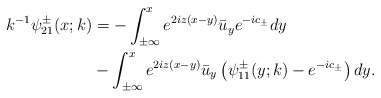
\begin{align*}\begin{aligned}k^{-1}\psi^{\pm}_{21}(x ; k)&=-\int_{\pm \infty}^{x} e^{2iz(x-y)} \bar{u}_y e^{-ic_\pm} d y\\&-\int_{\pm \infty}^{x} e^{2 i z(x-y)} \bar{u}_y\left(\psi^{\pm}_{11}(y ;k)-e^{-ic_\pm} \right) d y.\end{aligned}\end{align*}